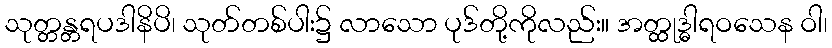
သုတ္တန္တရပဒါနိပိ၊ သုတ်တစ်ပါး၌ လာသော ပုဒ်တို့ကိုလည်း။ အတ္ထုဒ္ဓါရဝသေန ဝါ၊